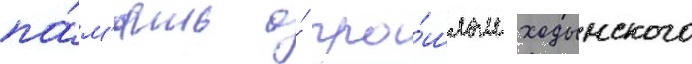
па́м'ять о́ про́шлом ходынского